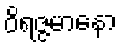
ဝိရဇ္ဇမာနော